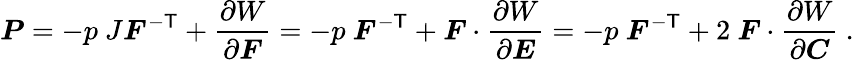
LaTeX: {\boldsymbol{P}}=-p~J{\boldsymbol{F}}^{-{\textsf{T}}}+{\frac{\partial W}{\partial{\boldsymbol{F}}}}=-p~{\boldsymbol{F}}^{-{\textsf{T}}}+{\boldsymbol{F}}\cdot{\frac{\partial W}{\partial{\boldsymbol{E}}}}=-p~{\boldsymbol{F}}^{-{\textsf{T}}}+2~{\boldsymbol{F}}\cdot{\frac{\partial W}{\partial{\boldsymbol{C}}}}~.